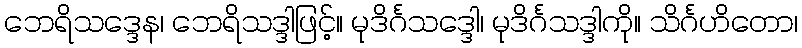
ဘေရိသဒ္ဒေန၊ ဘေရိသဒ္ဒါဖြင့်။ မုဒိင်္ဂသဒ္ဒေါ၊ မုဒိင်္ဂသဒ္ဒါကို။ သိင်္ဂဟိတော၊